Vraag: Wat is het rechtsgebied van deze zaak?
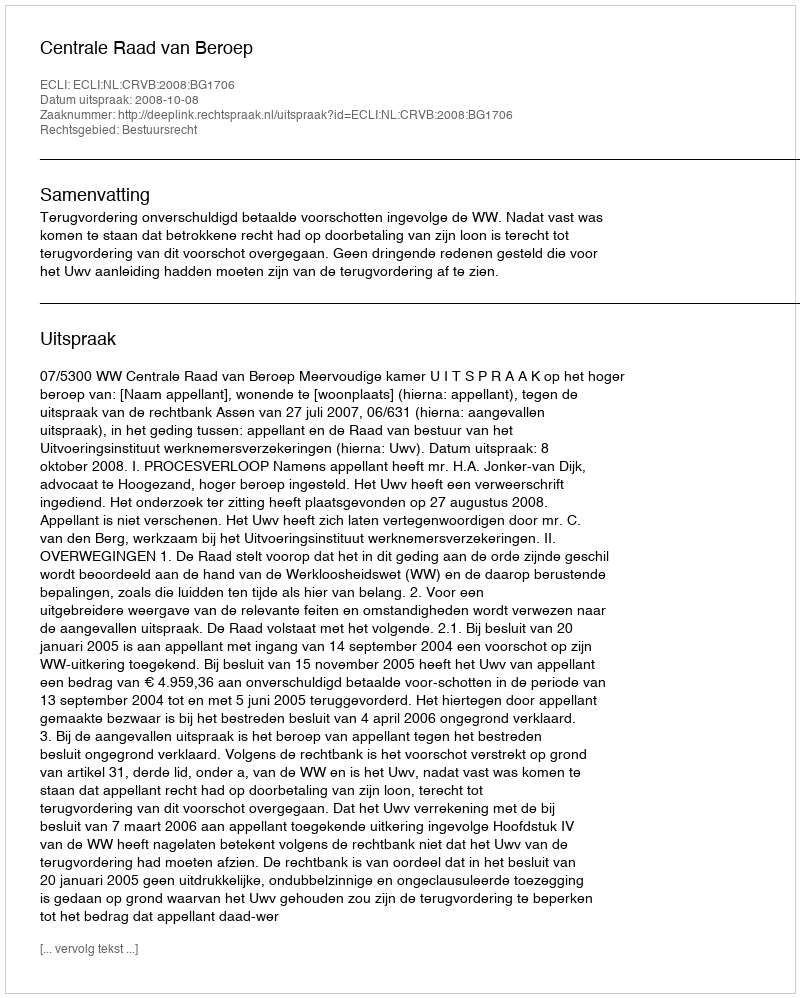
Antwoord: Bestuursrecht